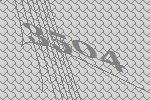
3504